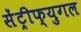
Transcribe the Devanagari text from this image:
सेंट्रीफ्युगल